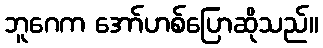
ဘူဂေက အော်ဟစ်ပြောဆိုသည်။